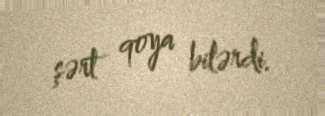
şərt qoya bilərdi.